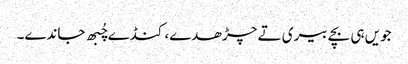
جویں ہی بچے بیری تے چڑھدے، کنڈے چُبھ جاندے۔